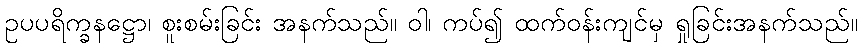
ဥပပရိက္ခနဋ္ဌော၊ စူးစမ်းခြင်း အနက်သည်။ ဝါ၊ ကပ်၍ ထက်ဝန်းကျင်မှ ရှုခြင်းအနက်သည်။